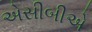
એસીબીએ